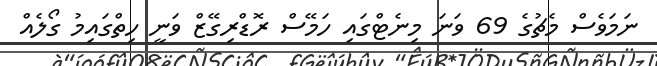
ނަމަވެސް މެޗުގެ 69 ވަނަ މިނެޓްގައި ހަމޭސް ރޮޑްރިގޭޒް ވަނީ ހިތްގައިމު ގޯލެއް